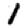
Digit: 1